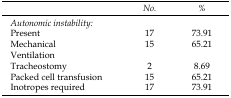
<table><thead><tr><td></td><td><b><i>No</i></b></td><td><b><i>%</i></b></td></tr></thead><tbody><tr><td><i>Autonomic instability:</i></td><td></td><td></td></tr><tr><td>Present</td><td>17</td><td>73.91</td></tr><tr><td>Mechanical</td><td>15</td><td>65.21</td></tr><tr><td>Ventilation</td><td></td><td></td></tr><tr><td>Tracheostomy</td><td>2</td><td>8.69</td></tr><tr><td>Packed cell transfusion</td><td>15</td><td>65.21</td></tr><tr><td>Inotropes required</td><td>17</td><td>73.91</td></tr></tbody></table>